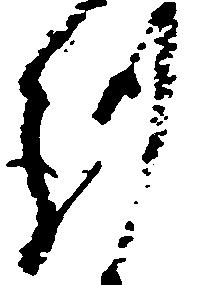
謹